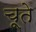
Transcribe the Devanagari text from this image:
चूते